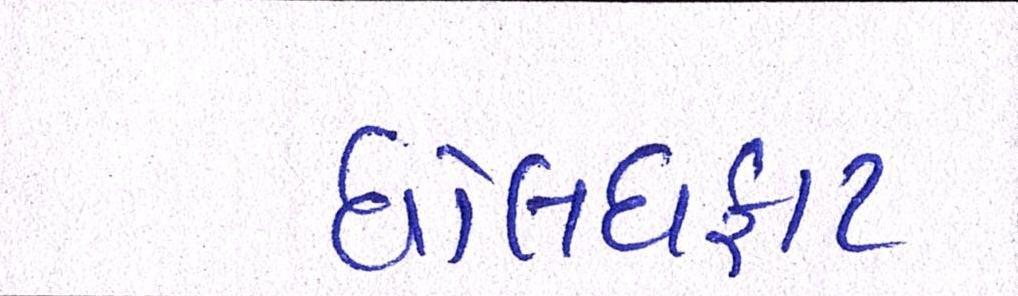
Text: ધોલધફાટ